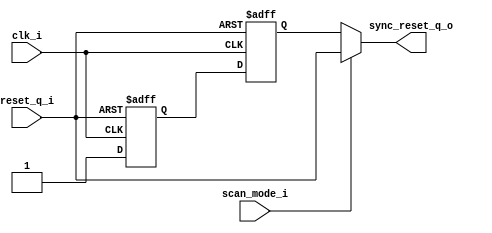
/*
 * Module: w_icons_mgmt
 * Date  : 
 */
`timescale 1ns/1ps

module common_reset_sync (
    clk_i,
    reset_q_i,
    sync_reset_q_o,
    scan_mode_i 
);

    input   clk_i;
    input   reset_q_i;
    output  sync_reset_q_o;
    input   scan_mode_i;

    wire   reset_release_sync;
    wire   reset_release_in;
    assign reset_release_in = 1'b1;
 
    //???????? ---------------------
    //can be replaced with dual_ff if there is available in STDCELL library
    reg    data_sync0;
    reg    data_sync1;

    always @(posedge clk_i or negedge reset_q_i) begin
        if (reset_q_i == 1'b0) begin
            data_sync0 <= 1'b0;
            data_sync1 <= 1'b0;
        end else begin
            // allow synchronization of reset signals
            // lint_checking RSTDAT off
            data_sync0 <= reset_release_in;
            // lint_checking RSTDAT on
            data_sync1 <= data_sync0;
        end
    end
    assign reset_release_sync = data_sync1;
    //?????? ------------------------

   // ignore combinational logic in reset path in HAL
   // lint_checking GLTASR off
   assign sync_reset_q_o = (scan_mode_i) ? reset_q_i : reset_release_sync;
   // lint_checking GLTASR on

endmodule